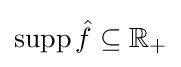
\mathop {\rm {supp}} {\hat {f}}\subseteq \mathbb {R} _{+}